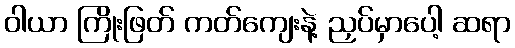
ဝါယာ ကြိုးဖြတ် ကတ်ကျေးနဲ့ ညှပ်မှာပေါ့ ဆရာ